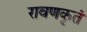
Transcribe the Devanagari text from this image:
रावणकृतं